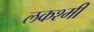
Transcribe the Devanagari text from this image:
लकश्मी